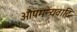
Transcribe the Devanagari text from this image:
औपमन्यवादि